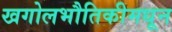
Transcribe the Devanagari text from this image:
खगोलभौतिकीमधून